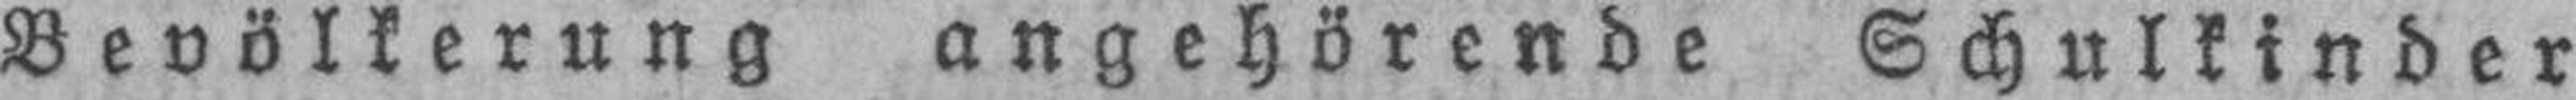
Bevölkerung angehörende Schulkinder